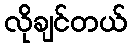
လိုချင်တယ်